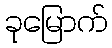
ခုမြောက်